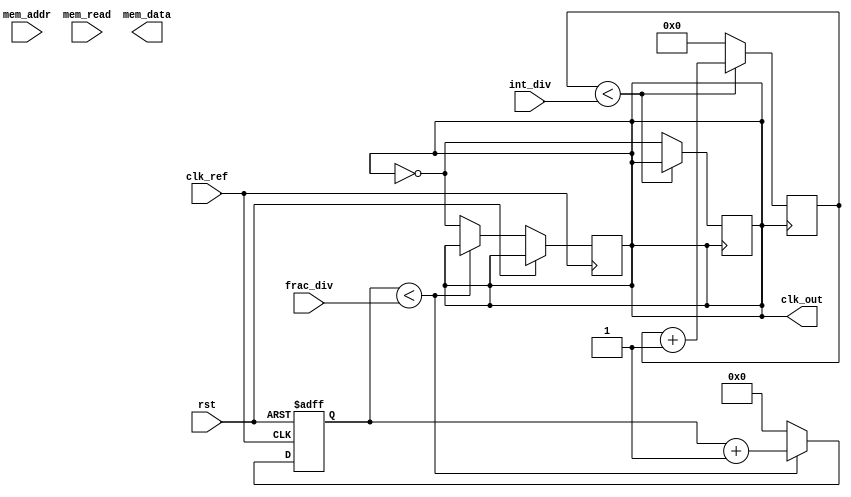
module FracN_PLL (
    input wire clk_ref,          // Reference clock
    input wire rst,              // Reset signal
    output wire clk_out,         // Output clock
    input wire [15:0] frac_div,  // Fractional divider input
    input wire [15:0] int_div,   // Integer divider input
    input wire [7:0] mem_addr,   // Memory address for settings
    input wire mem_read,         // Memory Read Enable
    output wire [31:0] mem_data  // Memory Output Data
);

// Phase Detector
reg phase_error;               // Phase error signal
reg phase_ref_edge;           // Reference clock edge signal
reg phase_vco_edge;           // VCO clock edge signal

always @(posedge clk_ref or posedge rst) begin
    if (rst) phase_ref_edge <= 0;
    else phase_ref_edge <= ~phase_ref_edge;
end

always @(posedge clk_out or posedge rst) begin
    if (rst) phase_vco_edge <= 0;
    else phase_vco_edge <= ~phase_vco_edge;
end

always @(posedge clk_ref) begin
    phase_error <= phase_ref_edge ^ phase_vco_edge; // Bitwise comparison for error
end

// Loop Filter
reg [15:0] loop_filter_out;    // Output of Loop Filter

always @(posedge clk_ref or posedge rst) begin
    if (rst) loop_filter_out <= 0;
    else loop_filter_out <= loop_filter_out + phase_error; // Simple integration
end

// Voltage-Controlled Oscillator (VCO)
reg [15:0] vco_freq;           // Output frequency from VCO

always @(posedge clk_ref or posedge rst) begin
    if (rst) vco_freq <= 0;
    else vco_freq <= loop_filter_out; // Control frequency by loop filter output
end

// Fractional Divider
reg [31:0] fractional_divider;  // Holds current divider value
reg [31:0] counter;              // Count to create fractional division

always @(posedge clk_ref or posedge rst) begin
    if (rst) begin
        counter <= 0;
        fractional_divider <= 0;
    end else begin
        if (counter < frac_div) begin
            counter <= counter + 1;
        end else begin
            counter <= 0;
            clk_out <= ~clk_out; // Toggle output clock on fractional condition
        end
    end
end

// Integer Divider
reg [15:0] int_counter;

always @(posedge clk_out) begin
    if (int_counter < int_div) begin
        int_counter <= int_counter + 1;
    end else begin
        int_counter <= 0;
        clk_out <= ~clk_out; // Toggle output clock on integer condition
    end
end

// Memory Blocks
reg [31:0] memory [0:255]; // Example memory block
wire [31:0] mem_out;

assign mem_out = mem_read ? memory[mem_addr] : 32'b0;

// Digital Controller
always @(posedge clk_ref or posedge rst) begin
    if (rst) begin
        // Initialize settings
    end else begin
        // Manage frequency synthesis and state of PLL
        // Could include algorithms for locking, etc.
    end
end

// Output Buffer
assign clk_out_buf = clk_out;

endmodule